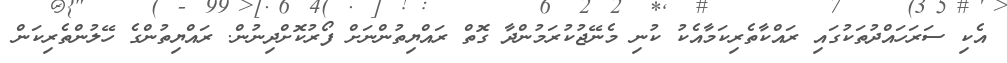
އެކި ސަރަހައްދުތަކުގައި ރައްކާތެރިކަމާއެކު ކުނި މެނޭޖުކުރަމުންދާ ގޮތް ރައްޔިތުންނަށް ފޯރުކޮށްދިނުން. ރައްޔިތުންގެ ހޭލުންތެރިކަން